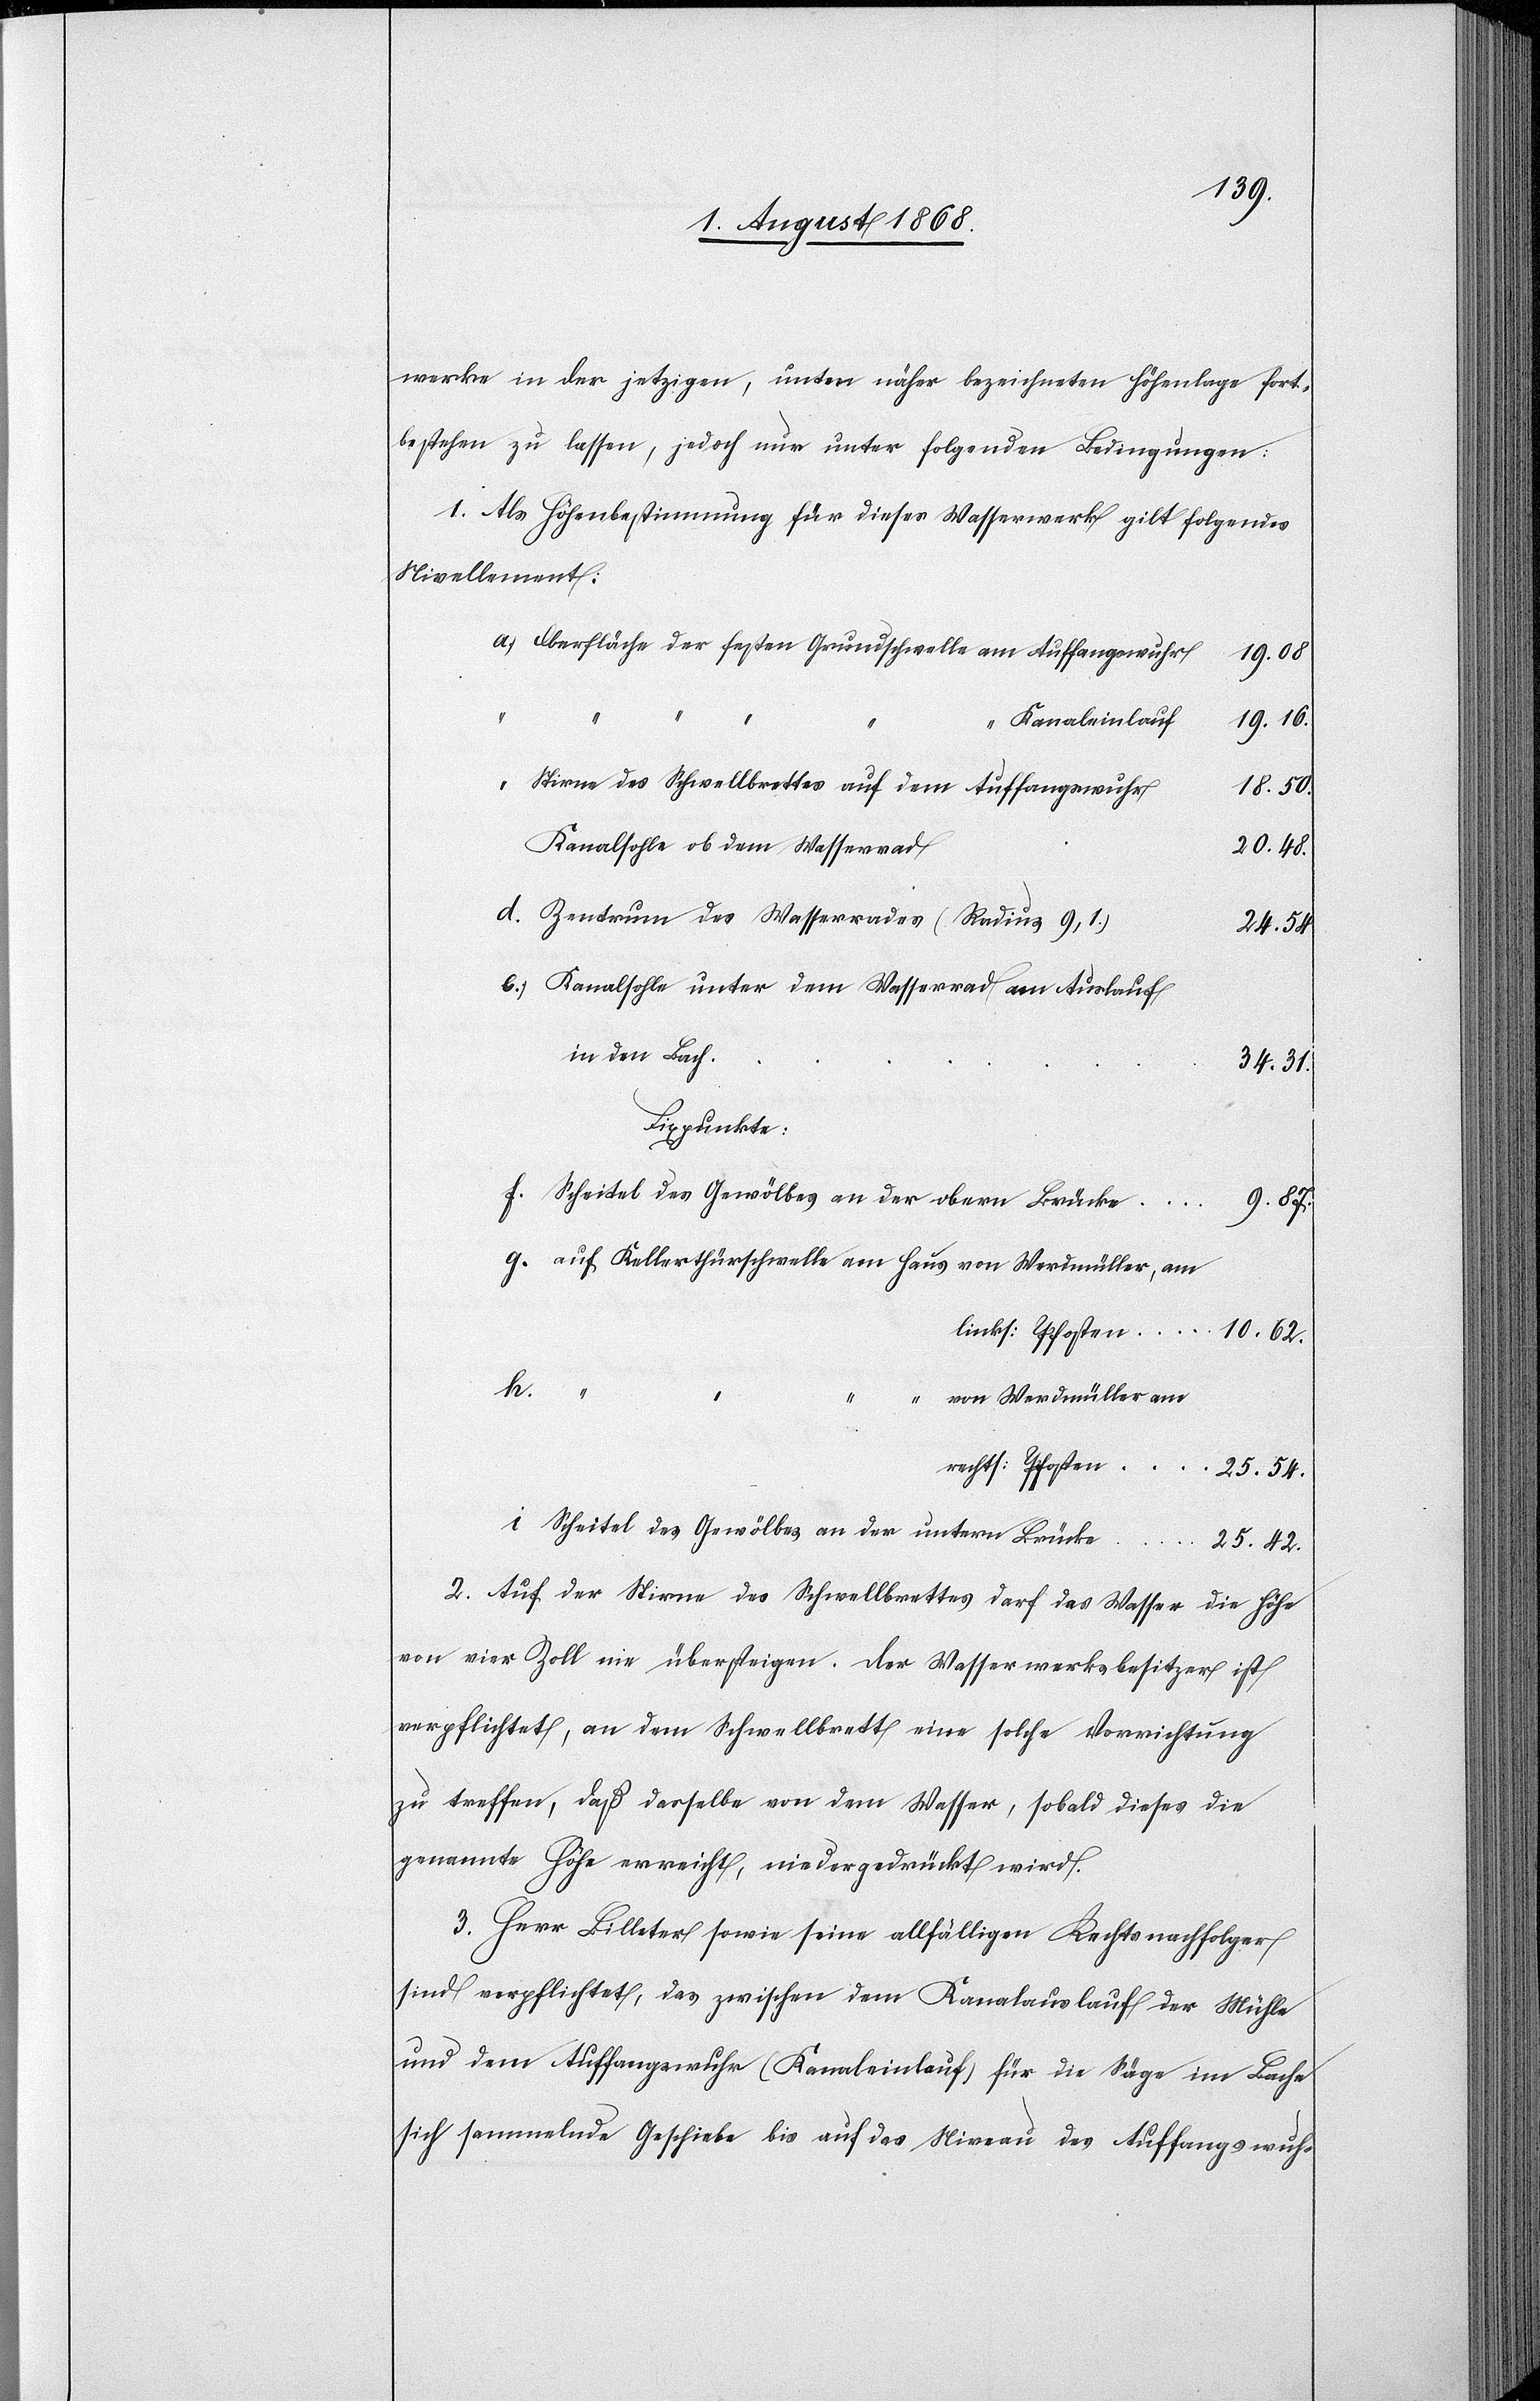
r]werke in der jetzigen, unter näher bezeichneten Höhenlage fort¬
bestehen zu lassen, jedoch nur unter folgenden Bedingungen:
1. Als Höhenbestimmung für dieses Wasserwerk gilt folgendes
Nivellement:
Oberfläche der festen Grundschwelle am Auffangswuhr
19.08
“
“
Kanaleinlauf
19.16.
“
Stirne des Schwellbrettes auf dem Auffangswuhr
10.62.
Kanalsohle ob dem Wasserrad
20.48.
Zentrum des Wasserrades (Radius 9,1.)
25.54.
Kanalsohle unter dem Wasserrad am Auslauf
in den Bach
34.31.
Fixpunkte:
auf Kellerthürschwelle am Haus von Werdmüller, am
f.
i.
von Werdmüller am
Scheitel des Gewölbes an der untern Brücke
25.42.
2. Auf der Stirne des Schwellbrettes darf das Wasser die Höhe
von vier Zoll nie übersteigen. Der Wasserwerksbesitzer ist
verpflichtet, an dem Schwellbrett eine solche Vorrichtung
zu treffen, daß dasselbe von dem Wasser, sobald dieses die
genannte Höhe erreicht, niedergedrückt wird.
3. Herr Billeter sowie seine allfälligen Rechtsnachfolger
sind verpflichtet, das zwischen dem Kanalauslauf der Mühle
und dem Auffangswuhr (Kanaleinlauf) für die Säge im Bache
sich sammelnde Geschiebe bis auf das Niveau des Auffangswuh-